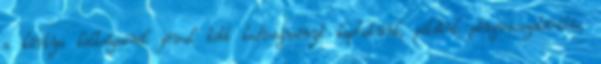
a kártya költségeinél jóval több kedvezményt kaphatunk, például pénzvisszatérítés,